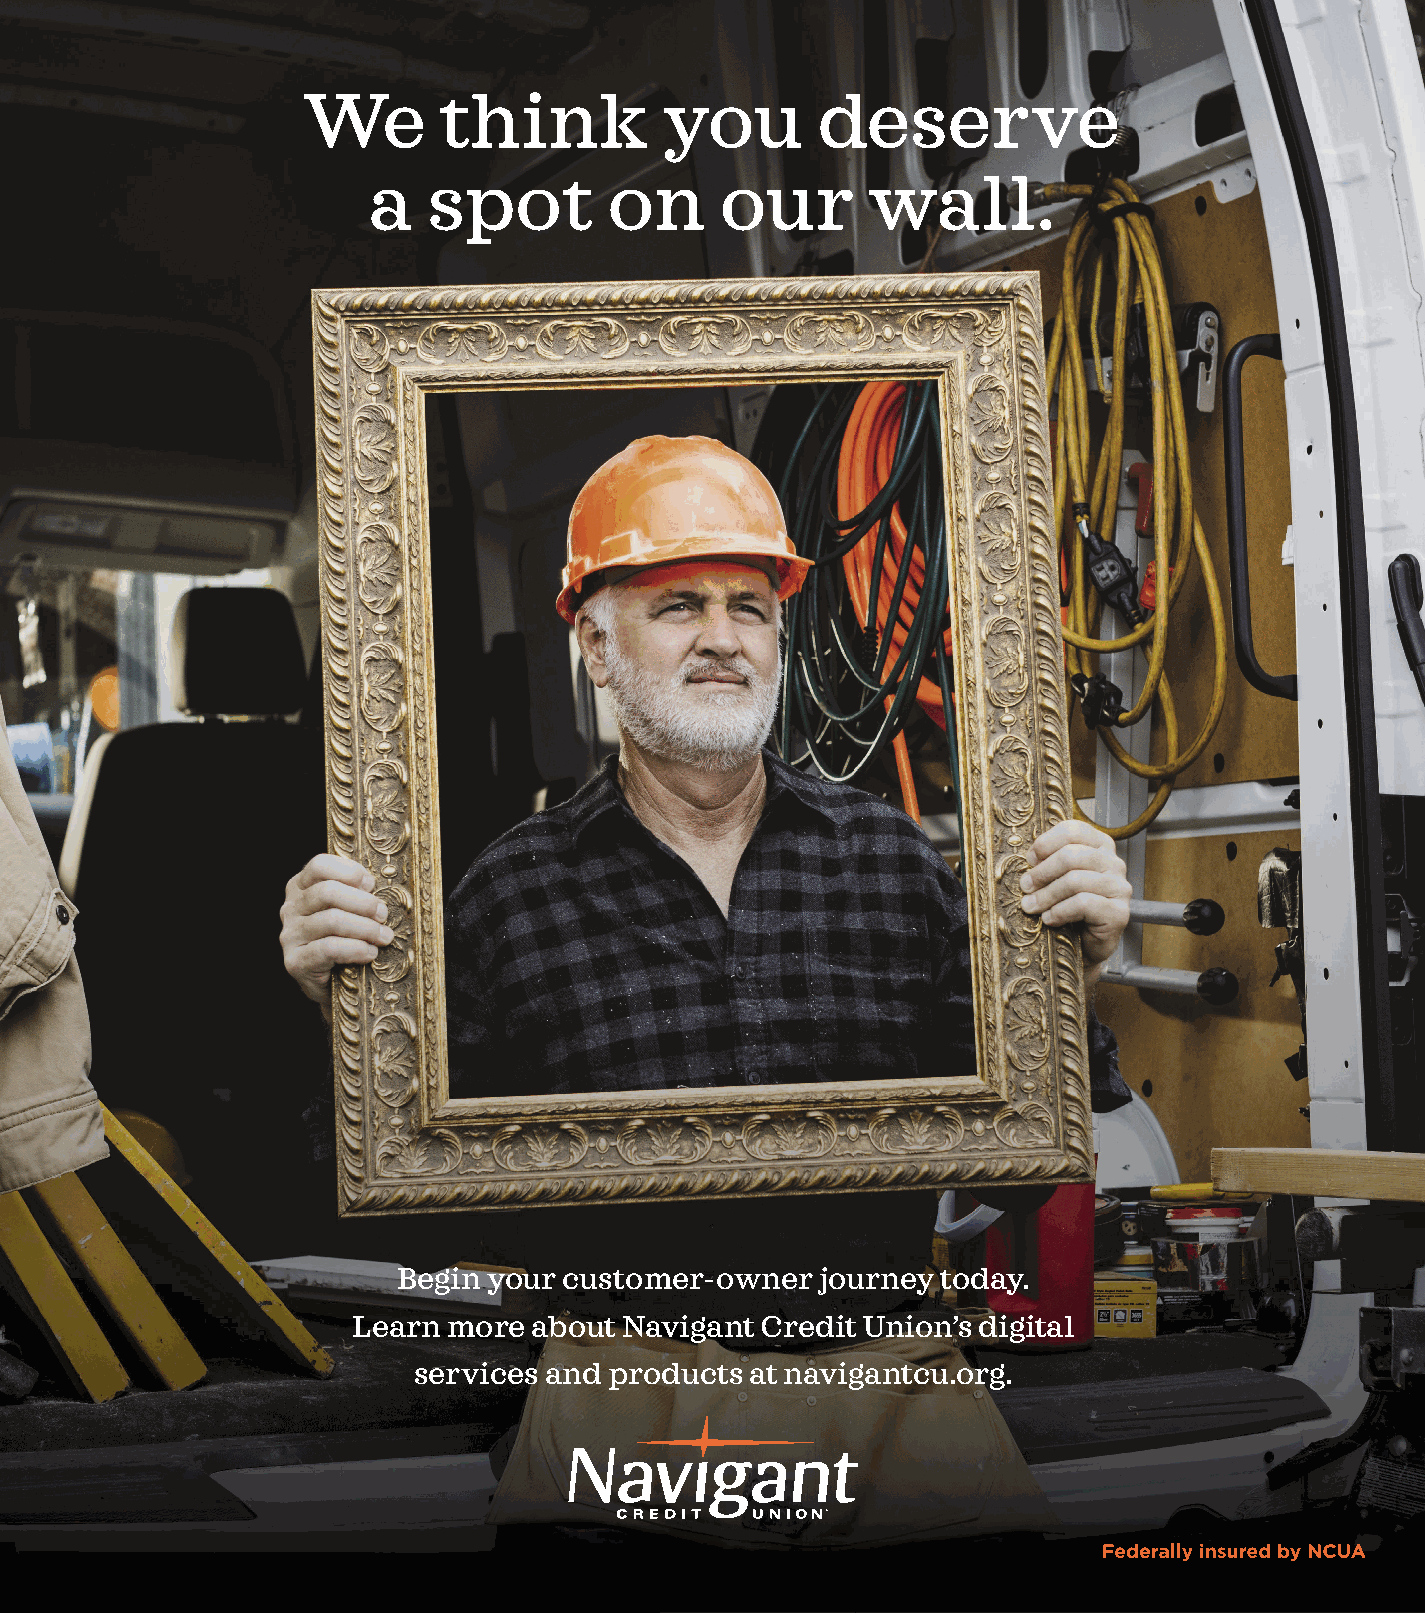
We       think          you       deserve
 a   spot        on      our      wall.
 Begin your customer-owner   journey today.
 Learn  more about Navigant Credit Union’s digital
 services and products  at navigantcu.org.